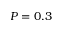
P = 0 . 3